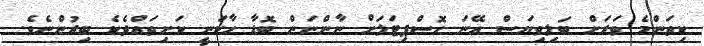
ކިތަންމެ ވަރަށް ބަލިވިޔަސް އޭނަ ހޮސްޕިޓަލަށް ނާންނަން ބޮޑާ ހާކަނީ ކަށިތައްދެކެ ބިރުންނެވެ.